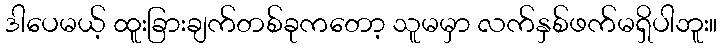
ဒါပေမယ့် ထူးခြားချက်တစ်ခုကတော့ သူမမှာ လက်နှစ်ဖက်မရှိပါဘူး။